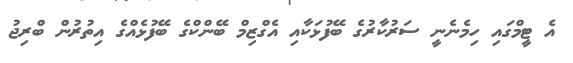
އެ ޓީމްގައި ހިމެނެނީ ސަރުކާރުގެ ބޭފުޅަކާއި އެގްޒިމް ބޭންކްގެ ބޭފުޅެއްގެ އިތުރުން ބްރިޖު